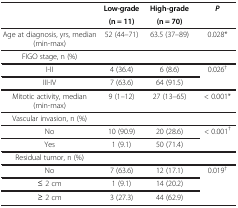
<table><thead><tr><td rowspan="2"><b> </b></td><td><b>Low-grade</b></td><td><b>High-grade</b></td><td rowspan="2"><b><i>P</i></b></td></tr><tr><td><b>(n = 11)</b></td><td><b>(n = 70)</b></td></tr></thead><tbody><tr><td>Age at diagnosis, yrs, median (min-max)</td><td>52 (44–71)</td><td>63.5 (37–89)</td><td>0.028*</td></tr><tr><td>FIGO stage, n (%)</td><td> </td><td> </td><td> </td></tr><tr><td>I-II</td><td>4 (36.4)</td><td>6 (8.6)</td><td rowspan="2">0.026<sup>†</sup></td></tr><tr><td>III-IV</td><td>7 (63.6)</td><td>64 (91.5)</td></tr><tr><td>Mitotic activity, median (min-max)</td><td>9 (1–12)</td><td>27 (13–65)</td><td>&lt; 0.001*</td></tr><tr><td>Vascular invasion, n (%)</td><td> </td><td> </td><td> </td></tr><tr><td>No</td><td>10 (90.9)</td><td>20 (28.6)</td><td rowspan="2">&lt; 0.001<sup>†</sup></td></tr><tr><td>Yes</td><td>1 (9.1)</td><td>50 (71.4)</td></tr><tr><td>Residual tumor, n (%)</td><td> </td><td> </td><td> </td></tr><tr><td>No</td><td>7 (63.6)</td><td>12 (17.1)</td><td rowspan="3">0.019<sup>†</sup></td></tr><tr><td>≤ 2 cm</td><td>1 (9.1)</td><td>14 (20.2)</td></tr><tr><td>≥ 2 cm</td><td>3 (27.3)</td><td>44 (62.9)</td></tr></tbody></table>